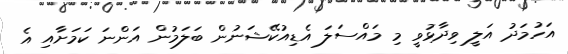
އަހުމަދު އަލީ ވިދާޅުވީ މި މައްސަލަ އެޑިއުކޭޝަނުން ބަލަމުން އަންނަ ކަމަށާއި އެ